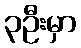
၃ဦးမှာ